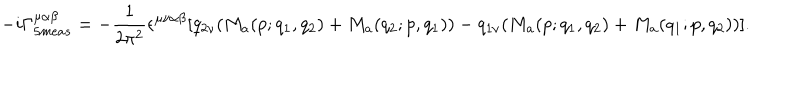
LaTeX: - i \Gamma _ { 5 m e a s } ^ { \mu \alpha \beta } = - \frac { 1 } { 2 \pi ^ { 2 } } \epsilon ^ { \mu \nu \alpha \beta } [ q _ { 2 \nu } ( M _ { a } ( p ; q _ { 1 } , q _ { 2 } ) + M _ { a } ( q _ { 2 } ; p , q _ { 1 } ) ) - q _ { 1 \nu } ( M _ { a } ( p ; q _ { 1 } , q _ { 2 } ) + M _ { a } ( q _ { 1 } ; p , q _ { 2 } ) ) ] .